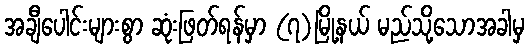
အချီပေါင်းများစွာ ဆုံးဖြတ်ရန်မှာ (၇)မြို့နယ် မည်သို့သောအခါမှ